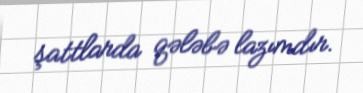
şattlarda qələbə lazımdır.